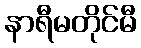
နာရီမတိုင်မီ